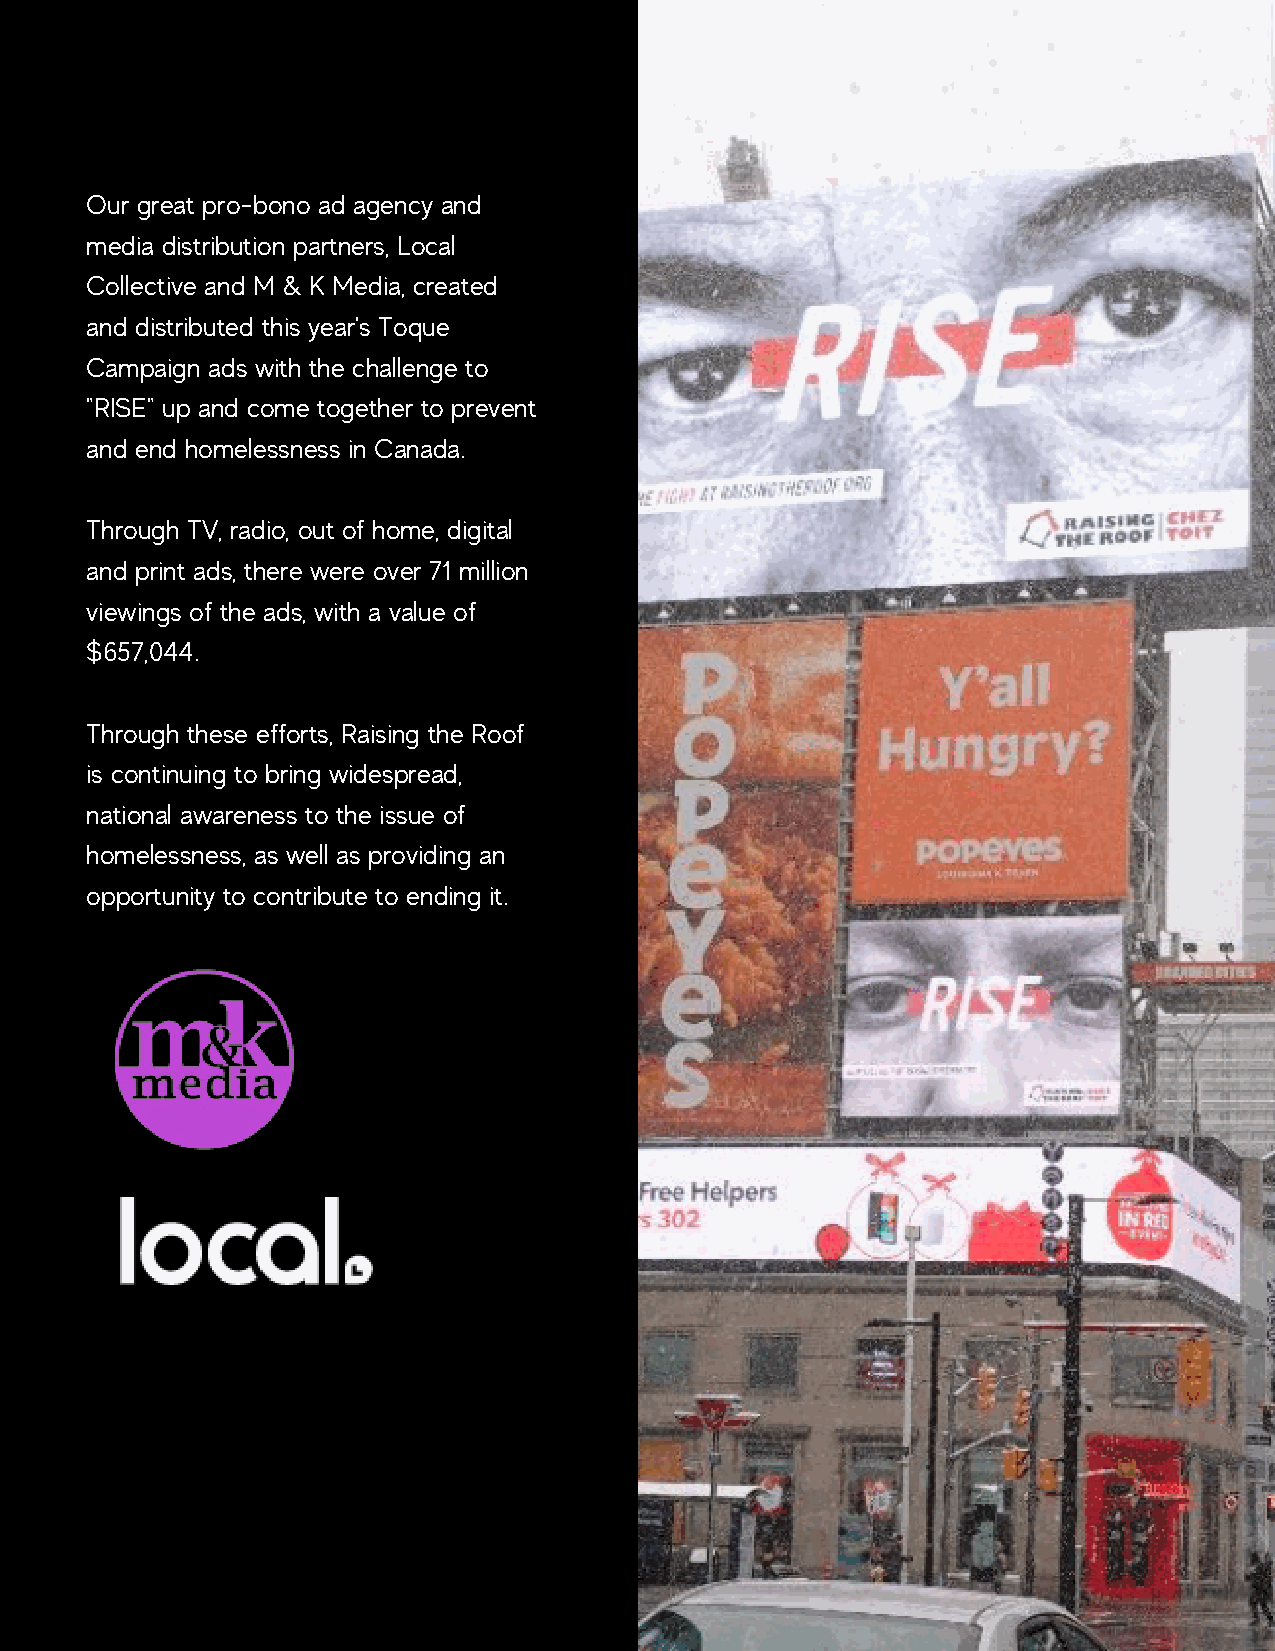
Our great pro-bono ad agency and
 media distribution partners, Local
 Collective and M & K Media, created
 and distributed this year's Toque
 Campaign ads with the challenge to
 "RISE" up and come together to prevent
 and end homelessness in Canada.
 Through TV, radio, out of home, digital
 and print ads, there were over 71 million
 viewings of the ads, with a value of
 $657,044.
 Through these efforts, Raising the Roof
 is continuing to bring widespread,
 national awareness to the issue of
 homelessness, as well as providing an
 opportunity to contribute to ending it.